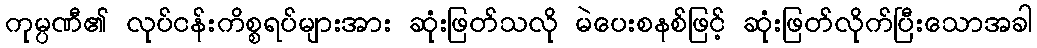
ကုမ္ပဏီ၏ လုပ်ငန်းကိစ္စရပ်များအား ဆုံးဖြတ်သလို မဲပေးစနစ်ဖြင့် ဆုံးဖြတ်လိုက်ပြီးသောအခါ